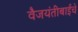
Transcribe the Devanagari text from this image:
वैजयंतीबाईंचे